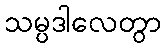
သမ္ပဒါလေတွာ